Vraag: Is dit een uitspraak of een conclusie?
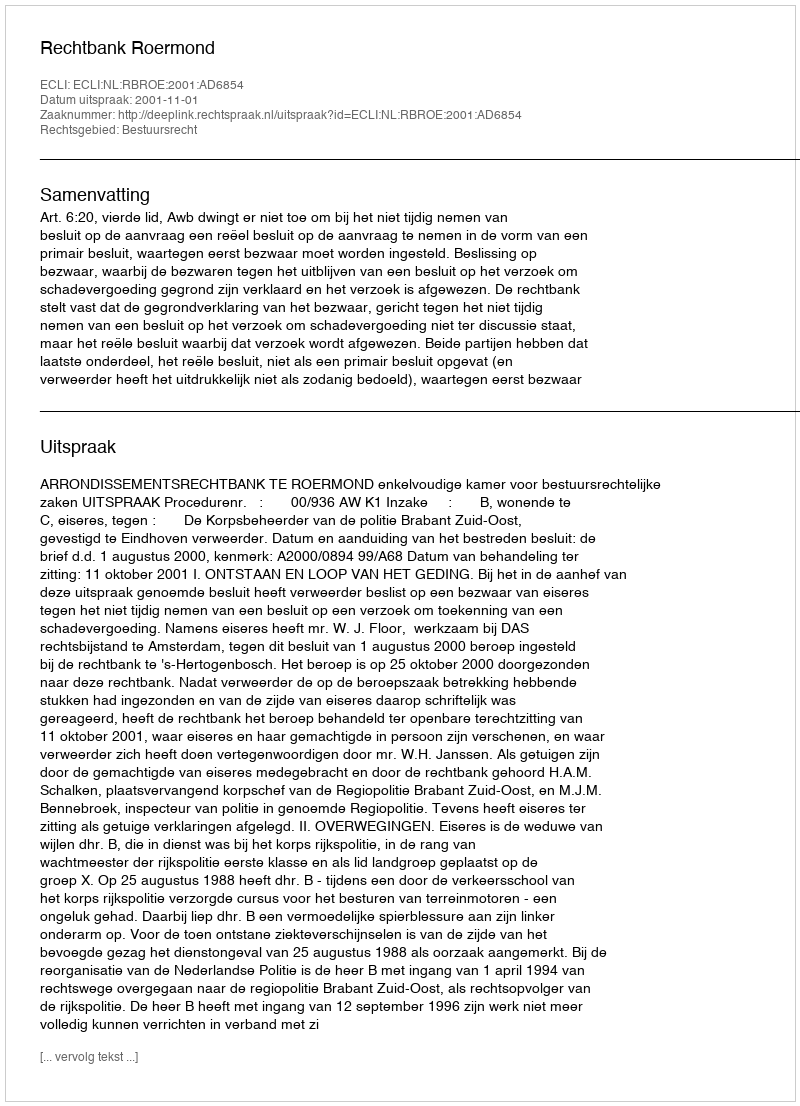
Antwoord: Uitspraak